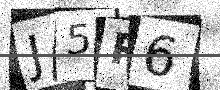
Text: J5R6